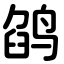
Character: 鹐